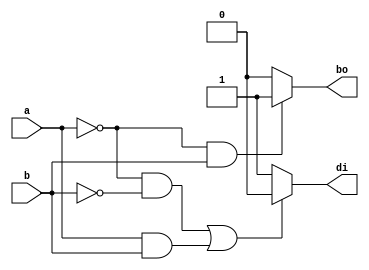
module half_sub(a,b,di,bo);
input a,b;
output di,bo;
reg di,bo;

always@ (a,b,di,bo)
begin
    // for difference .........................
    if((a==1'b0 && b==1'b0) || (a==1'b1 && b==1'b1))
        di=1'b0;
    else
        di=1'b1;
    // for borrow.................

    if(a==1'b0 && b==1'b1)
        bo=1'b1;
    else
        bo=1'b0;
end
endmodule

module test;
reg a,b;
wire di,bo;

half_sub i(a,b,di,bo);
initial begin
    a=1'b0;
    b=1'b0;
    $monitor("time:%0t a=%b b=%b di=%b bo=%b",$time, a,b,di,bo);
    #5 a=1'b0; b=1'b0;
    #5 a=1'b0; b=1'b1;
    #5 a=1'b1; b=1'b0;
    #5 a=1'b1; b=1'b1;
end
endmodule